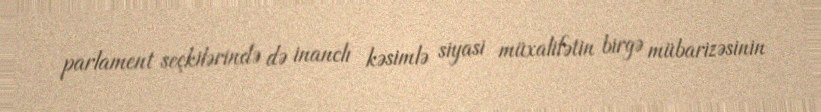
parlament seçkilərində də inanclı kəsimlə siyasi müxalifətin birgə mübarizəsinin